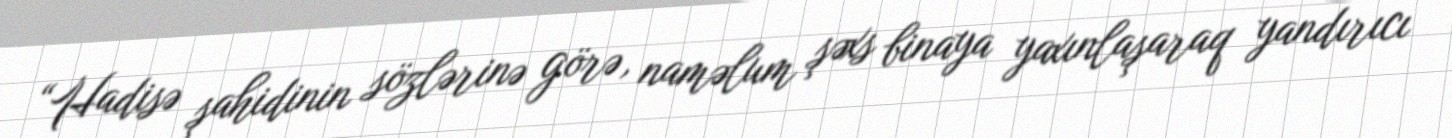
“Hadisə şahidinin sözlərinə görə, naməlum şəxs binaya yaxınlaşaraq yandırıcı